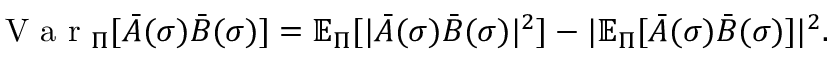
\mathrm { ~ V ~ a ~ r ~ } _ { \Pi } [ \Bar { A } ( \sigma ) \Bar { B } ( \sigma ) ] = \mathbb { E } _ { \Pi } [ | \Bar { A } ( \sigma ) \Bar { B } ( \sigma ) | ^ { 2 } ] - | \mathbb { E } _ { \Pi } [ \Bar { A } ( \sigma ) \Bar { B } ( \sigma ) ] | ^ { 2 } .